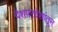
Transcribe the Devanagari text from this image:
देशपरदेशांतून